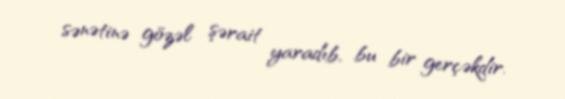
sənətinə gözəl şərait yaradıb, bu bir gerçəkdir.